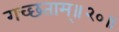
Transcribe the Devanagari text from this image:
गच्छताम्‌॥२०॥